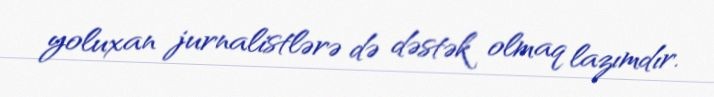
yoluxan jurnalistlərə də dəstək olmaq lazımdır.